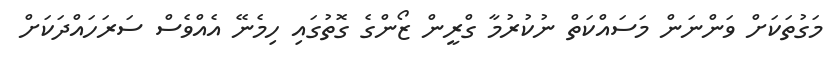
މަގުތަކަށް ވަންނަން މަސައްކަތް ނުކުރުމާ ގްރީން ޒޯންގެ ގޮތުގައި ހިމެނޭ އެއްވެސް ސަރަހައްދަކަށް